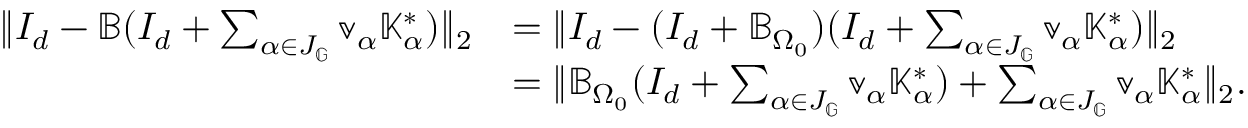
\begin{array} { r l } { \| I _ { d } - \mathbb { B } ( I _ { d } + \sum _ { \alpha \in J _ { \mathbb { G } } } \mathbb { v } _ { \alpha } \mathbb { K } _ { \alpha } ^ { * } ) \| _ { 2 } } & { = \| I _ { d } - ( I _ { d } + \mathbb { B } _ { \Omega _ { 0 } } ) ( I _ { d } + \sum _ { \alpha \in J _ { \mathbb { G } } } \mathbb { v } _ { \alpha } \mathbb { K } _ { \alpha } ^ { * } ) \| _ { 2 } } \\ & { = \| \mathbb { B } _ { \Omega _ { 0 } } ( I _ { d } + \sum _ { \alpha \in J _ { \mathbb { G } } } \mathbb { v } _ { \alpha } \mathbb { K } _ { \alpha } ^ { * } ) + \sum _ { \alpha \in J _ { \mathbb { G } } } \mathbb { v } _ { \alpha } \mathbb { K } _ { \alpha } ^ { * } \| _ { 2 } . } \end{array}